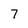
Character: 7